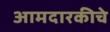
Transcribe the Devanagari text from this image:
आमदारकीचे